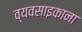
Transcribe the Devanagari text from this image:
व्यवसाइकाना